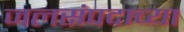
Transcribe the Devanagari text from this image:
जलसंपदाच्या